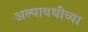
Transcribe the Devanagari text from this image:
अल्पावधीच्या